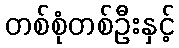
တစ်စုံတစ်ဦးနှင့်